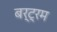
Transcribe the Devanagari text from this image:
बर्ट्रम